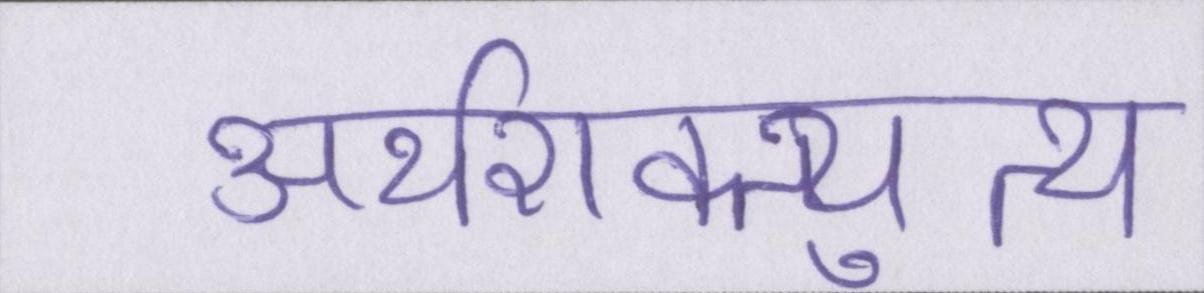
अर्थशक्त्युत्थ